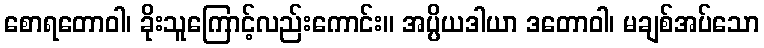
စောရတောဝါ၊ ခိုးသူကြောင့်လည်းကောင်း။ အပ္ပိယဒါယာ ဒတောဝါ၊ မချစ်အပ်သော